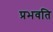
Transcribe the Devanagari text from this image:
प्रभवति